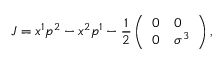
J = x ^ { 1 } p ^ { 2 } - x ^ { 2 } p ^ { 1 } - { \frac { 1 } { 2 } } \left( \begin{array} { l l } { { 0 } } & { { 0 } } \\ { { 0 } } & { { \sigma ^ { 3 } } } \end{array} \right) ,